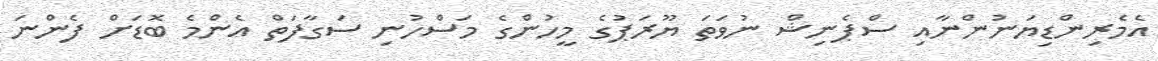
އެމެރިންޑިޔަނުންނާއި ސްޕެނިޝް ނުވަތަ ޔޫރަޕުގެ މީހުންގެ މަސްހުނި ސަގާފަތް އެންމެ ބޮޑަށް ފެންނަ